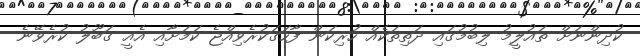
ކުދިންނަށް ތައުލީމު ލިބުމުގައި ދަތިތަކެއް ހުރިކަން ފާހަގަކުރެވިއްޖެ ކަމަށާއި އެއީ ގަބޫލު ކުރެވޭނެ